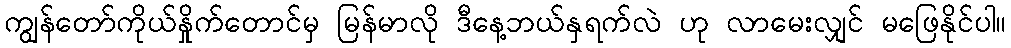
ကျွန်တော်ကိုယ်နှိုက်တောင်မှ မြန်မာလို ဒီနေ့ဘယ်နှရက်လဲ ဟု လာမေးလျှင် မဖြေနိုင်ပါ။